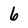
Character: 6